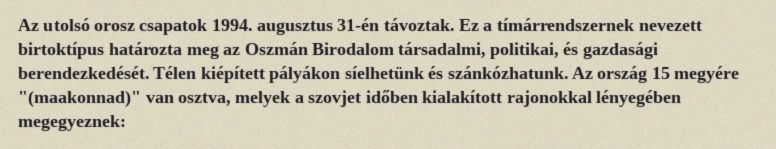
Az utolsó orosz csapatok 1994. augusztus 31-én távoztak. Ez a tímárrendszernek nevezett birtoktípus határozta meg az Oszmán Birodalom társadalmi, politikai, és gazdasági berendezkedését. Télen kiépített pályákon síelhetünk és szánkózhatunk. Az ország 15 megyére "(maakonnad)" van osztva, melyek a szovjet időben kialakított rajonokkal lényegében megegyeznek: